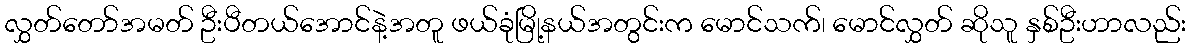
လွှတ်တော်အမတ် ဦးပီတယ်အောင်နဲ့အတူ ဖယ်ခုံမြို့နယ်အတွင်းက မောင်သက်၊ မောင်လွှတ် ဆိုသူ နှစ်ဦးဟာလည်း